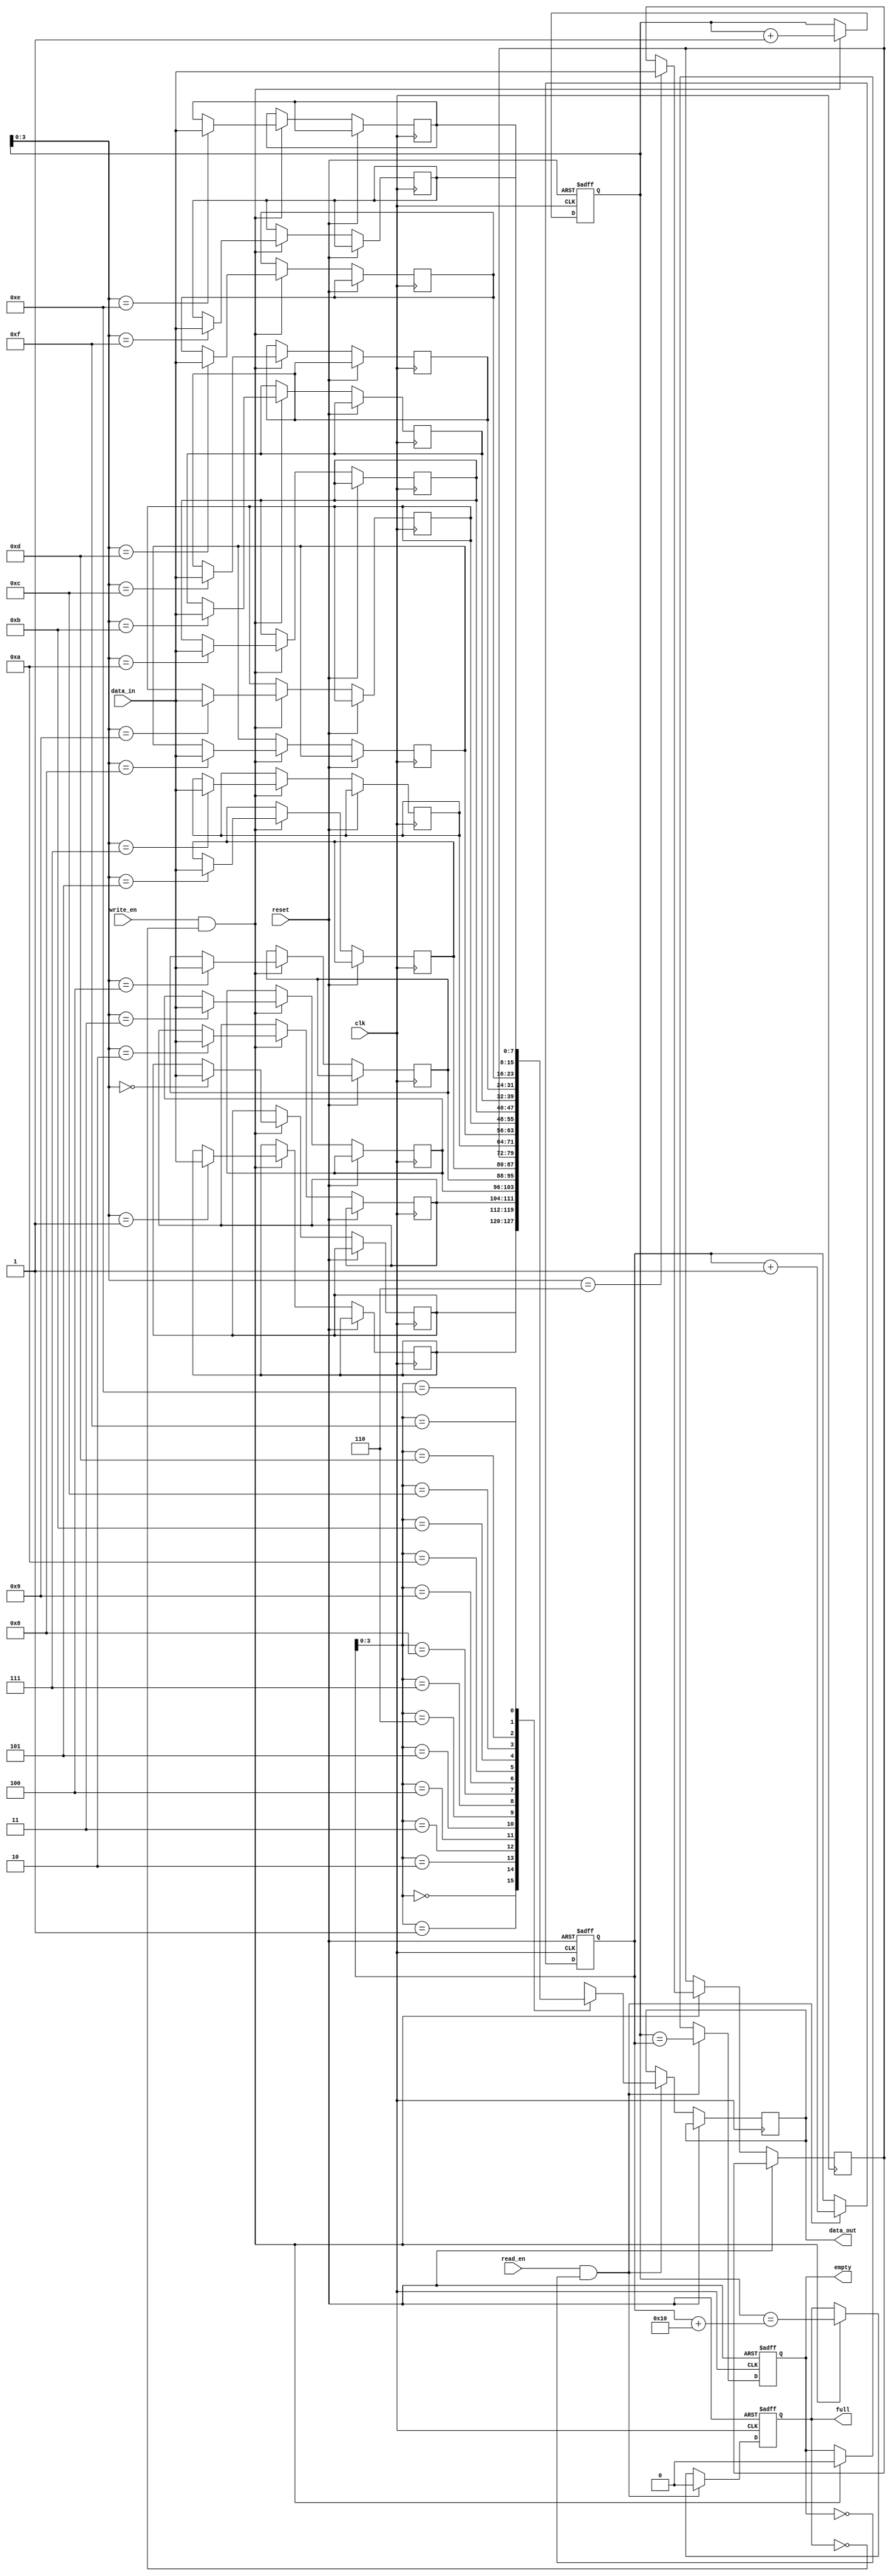
module non_blocking_fifo(
    input wire clk,
    input wire reset,
    input wire write_en,
    input wire read_en,
    input wire [DATA_WIDTH-1:0] data_in,
    output reg [DATA_WIDTH-1:0] data_out,
    output reg full,
    output reg empty
);

parameter DEPTH = 16;
parameter DATA_WIDTH = 8;

reg [DATA_WIDTH-1:0] fifo [0:DEPTH-1];
reg [4:0] wptr, rptr;

always @(posedge clk or posedge reset) begin
    if(reset) begin
        wptr <= 5'b0;
        rptr <= 5'b0;
        full <= 1'b0;
        empty <= 1'b1;
    end else begin
        if(write_en && !full) begin
            fifo[wptr] <= data_in;
            wptr <= wptr + 1;
            full <= (wptr == rptr + DEPTH);
            empty <= 1'b0;
        end
        
        if(read_en && !empty) begin
            data_out <= fifo[rptr];
            rptr <= rptr + 1;
            full <= 1'b0;
            empty <= (wptr == rptr);
        end
    end
end

endmodule